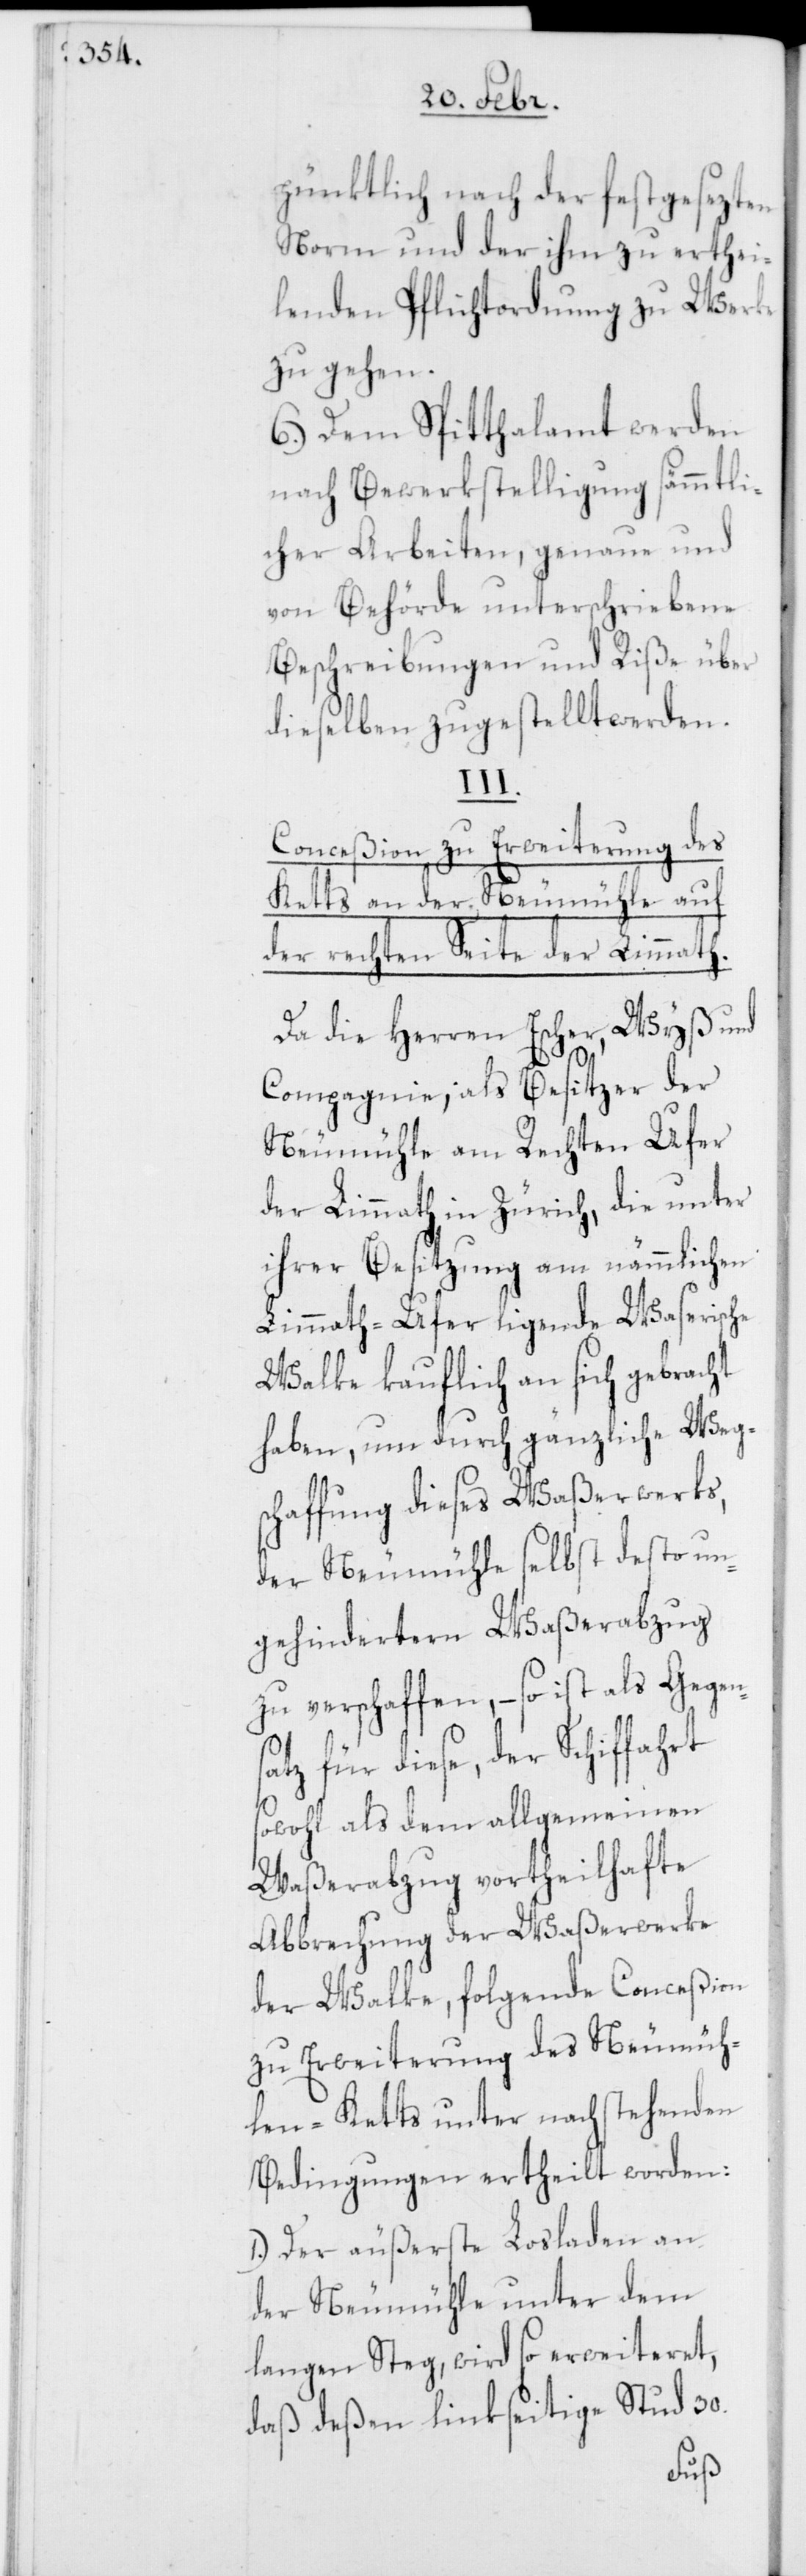
pünktlich nach der festgesezten
Norm und der ihm zu erthei¬
lenden Pflichtordnung zu Werke
zu gehen.
6.) Dem Spitthalamt werden
nach Bewerkstelligung sämmtli¬
cher Arbeiten, genaue und
von Behörde unterschriebene
Beschreibungen und Riße über
dieselben zugestellt werden.
sa¬
Conceßion zu Erweiterung des
Ketts an der Neumühle auf
der rechten Seite der Limmath.
Da die Herren Escher, Wyß und
Compagnie, als Besitzer der
Neumühle am Rechten Ufer
der Limmath in Zürich, die unter
ihrer Besitzung am nämmlichen
Limmath-Ufer ligende Waserische
Walke kauflich an sich gebracht
haben, um durch gänzliche Weg¬
schaffung dieses Waßerwerks,
der Neumühle selbst desto un¬
gehindertern Waßerabzug
zu verschaffen, – so ist als Gegen¬
tz, für diese, der Schiffahrt
sowohl als dem allgemeinen
Waßerabzug vortheilhafte
Abbrechung der Waßerwerke
der Walke, folgende Conceßion
zu Erweiterung des Neumüh¬
len-Ketts unter nachstehenden
Bedingungen ertheilt worden:
1.) Der äußerste Losladen an
der Neumühle unter dem
langen Steg, wird so erweiteret,
daß deßen linkseitige Stud 30.